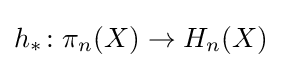
h_{*}\colon \pi _{n}(X)\to H_{n}(X)